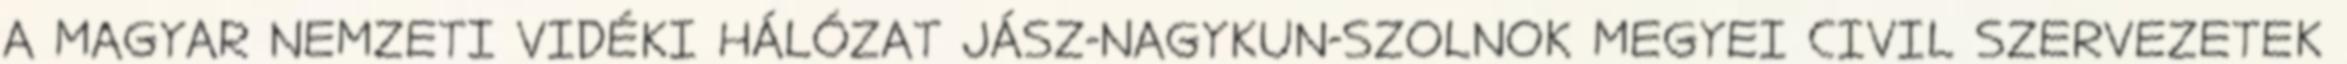
A MAGYAR NEMZETI VIDÉKI HÁLÓZAT JÁSZ-NAGYKUN-SZOLNOK MEGYEI CIVIL SZERVEZETEK